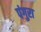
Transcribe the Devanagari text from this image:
पंगुरा